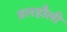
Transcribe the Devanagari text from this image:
डलहौली